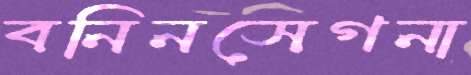
বনিনসেগনা